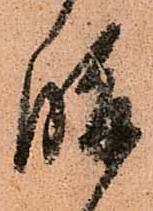
復